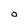
Character: 0